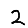
Digit: 2